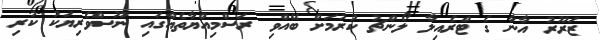
ޒަރޫރު އާނާ ގެ ޓްރެއިލާ ލޯންޗު ކުރުމަށް ބޭއްވި ރަސްމިއްޔާތެއްގައި ނޫސްވެރިޔަކު ކުރި